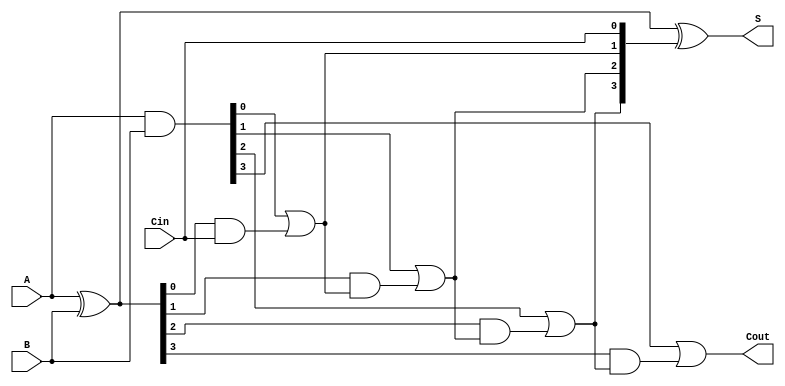
module VLCLA (
    input [3:0] A,       // 4-bit input A
    input [3:0] B,       // 4-bit input B
    input Cin,           // Carry-in
    output [3:0] S,      // 4-bit Sum output
    output Cout          // Carry-out
);

    wire [3:0] G;        // Generate signals
    wire [3:0] P;        // Propagate signals
    wire [4:0] C;        // Carry signals (C[0] = Cin)

    // Generate and Propagate calculations
    assign G = A & B;    // Generate: G[i] = A[i] & B[i]
    assign P = A ^ B;    // Propagate: P[i] = A[i] ^ B[i]

    // Carry calculations
    assign C[0] = Cin;   // Carry-in
    assign C[1] = G[0] | (P[0] & C[0]); // C[1] = G[0] | (P[0] & Cin)
    assign C[2] = G[1] | (P[1] & C[1]); // C[2] = G[1] | (P[1] & C[1])
    assign C[3] = G[2] | (P[2] & C[2]); // C[3] = G[2] | (P[2] & C[2])
    assign C[4] = G[3] | (P[3] & C[3]); // C[4] = G[3] | (P[3] & C[3])

    // Sum calculation
    assign S = P ^ C[3:0]; // S[i] = P[i] ^ C[i]

    // Carry-out
    assign Cout = C[4];    // Carry-out is the last carry signal

endmodule